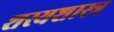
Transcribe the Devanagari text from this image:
शस्यशास्त्र